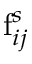
\mathrm { f } _ { i j } ^ { s }